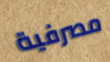
مصرفية